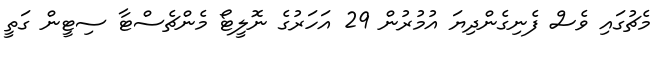
މެޗުގައި ވެސް ފެނިގެންދިޔަ އުމުރުން 29 އަހަރުގެ ނޮލީޓޯ މެންޗެސްޓާ ސިޓީން ގަތީ